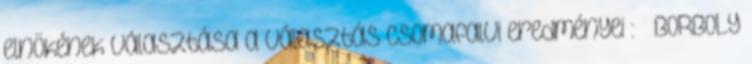
elnökének választása a választás csomafalvi eredményei : – BORBOLY